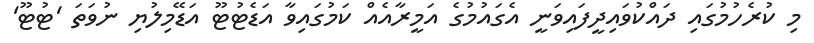
މި ކުރެހުމުގައި ދައްކުވައިދީފައިވަނީ އެގައުމުގެ އަމީރާއެއް ކަމުގައިވާ އަޑެޓުޓޫ އަޑޭމިލުޔި ނުވަތަ 'ޓުޓޫ'